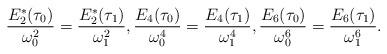
LaTeX: \begin{align*}\frac{E_2^*(\tau_0)}{\omega_0^2}=\frac{E_2^*(\tau_1)}{\omega_1^2},\frac{E_4(\tau_0)}{\omega_0^4}=\frac{E_4(\tau_1)}{\omega_1^4},\frac{E_6(\tau_0)}{\omega_0^6}=\frac{E_6(\tau_1)}{\omega_1^6}.\end{align*}